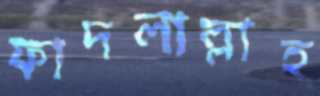
ফাদলাল্লাহ